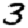
Digit: 3